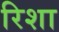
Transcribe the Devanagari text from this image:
रिशा